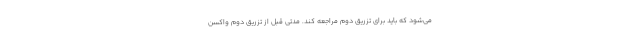
می‌شود که باید برای تزریق دوم مراجعه کند. مدتی قبل از تزریق دوم واکسن